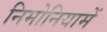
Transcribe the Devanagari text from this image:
निमोनियामें